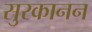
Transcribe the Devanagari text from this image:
सुरकानन